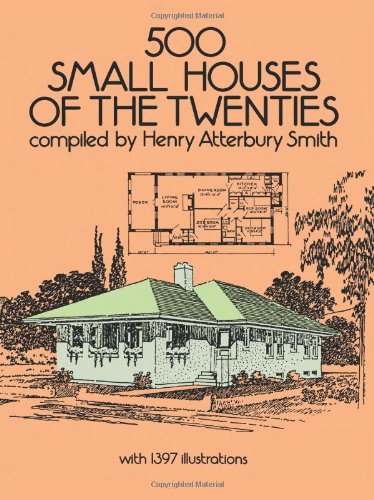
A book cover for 500 Small Houses of the Twenties (Dover Architecture); Henry Atterbury Smith; Crafts, Hobbies & Home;